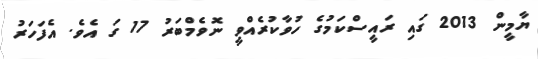
ޔާމީން 2013 ގައި ރައީސްކަމުގެ ހުވާކުރެއްވީ ނޮވެމްބަރު 17 ގަ އެވެ. އެފަހަރު